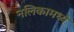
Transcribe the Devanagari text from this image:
नलिकामध्ये